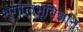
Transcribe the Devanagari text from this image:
भूगोलभूविज्ञान